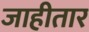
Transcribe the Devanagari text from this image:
जाहीतार